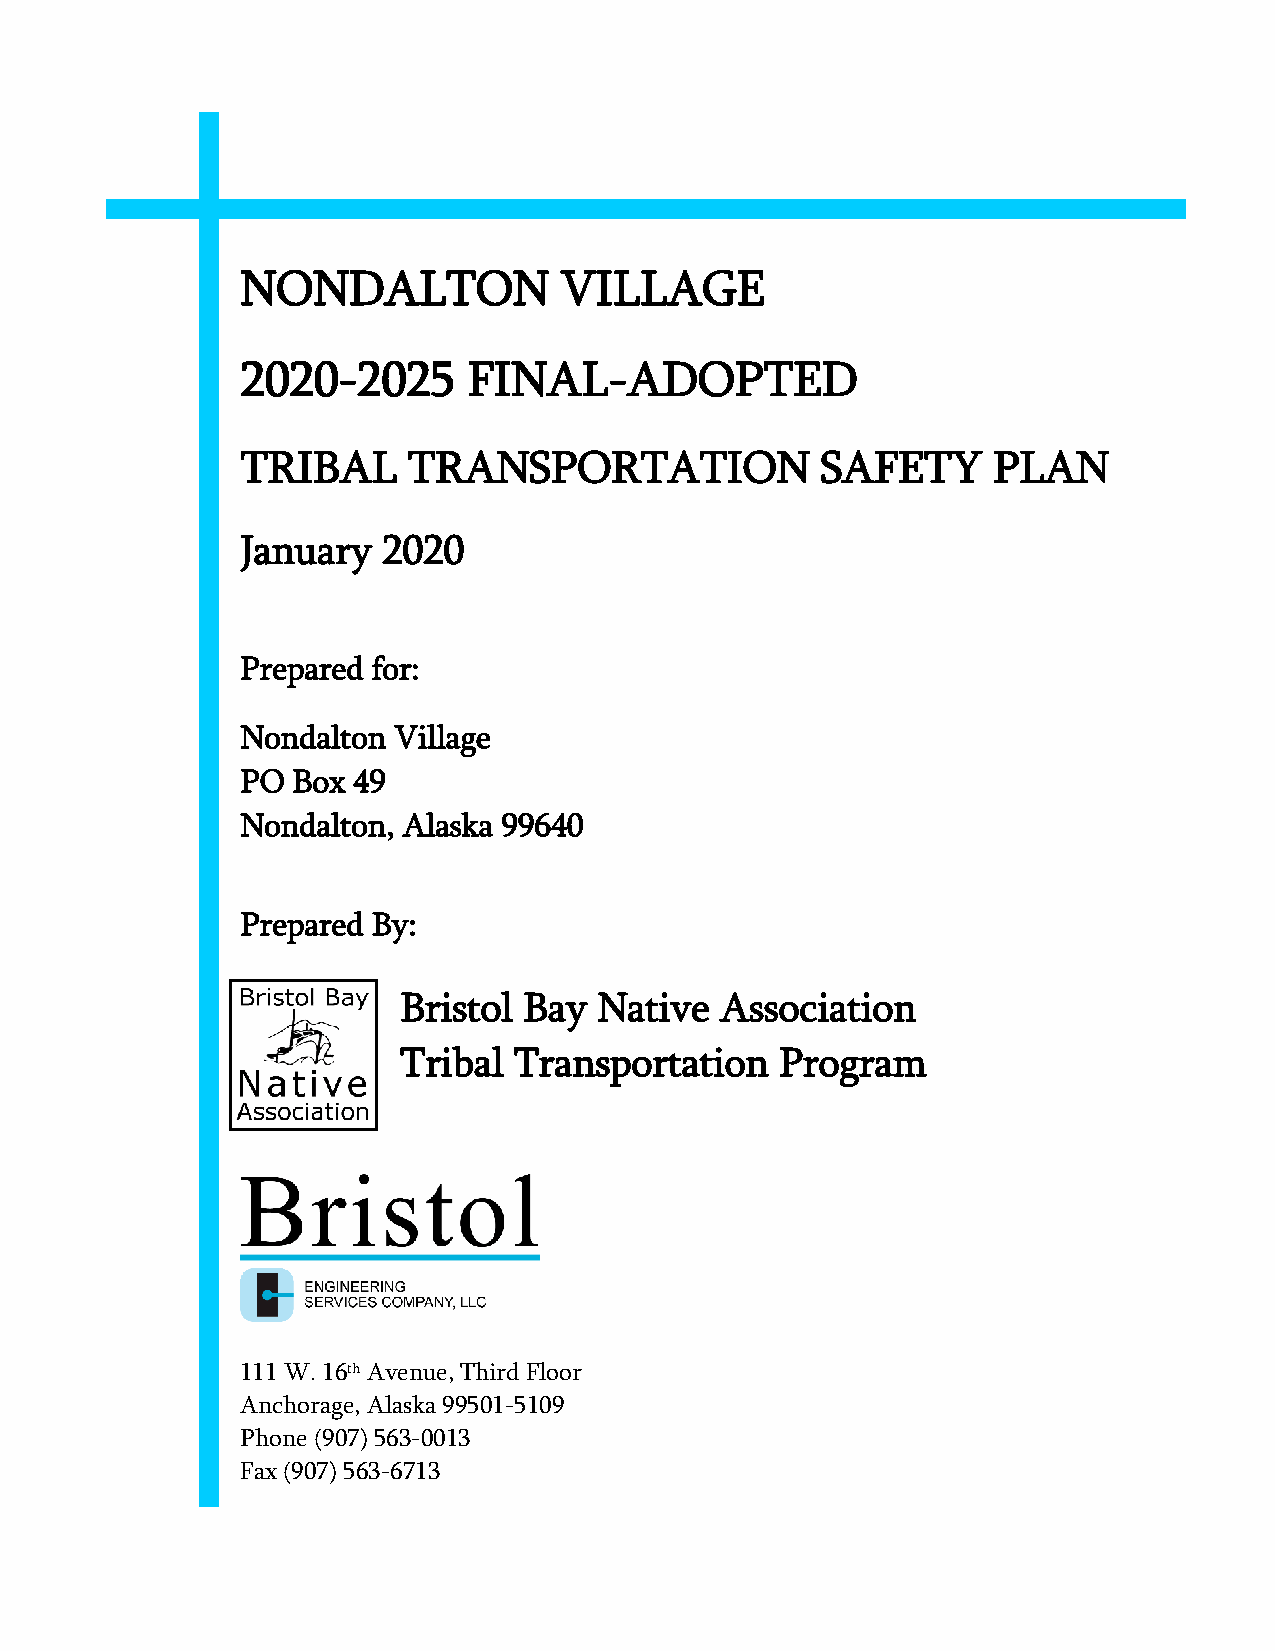
NONDALTON            VILLAGE
 2020-2025      FINAL-ADOPTED
 TRIBAL     TRANSPORTATION             SAFETY      PLAN
 January  2020
 Prepared for:
 Nondalton Village
 PO Box 49
 Nondalton, Alaska 99640
 Prepared By:
 Bristol  Bay  Native  Association
 Tribal  Transportation    Program
 111 W. 16th Avenue, Third Floor
 Anchorage, Alaska 99501-5109
 Phone (907) 563-0013
 Fax (907) 563-6713